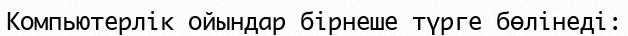
Компьютерлік ойындар бірнеше түрге бөлінеді: